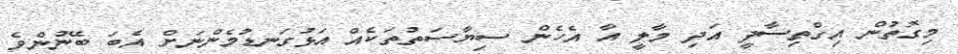
މިގޮތުން އިގްތިސާދީ އަދި މާލީ އާ އެހެން ސިޔާސަތުތަކެއް އަޅުގަނޑުމެންނަށް އެބަ ބޭނުންވެ